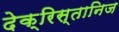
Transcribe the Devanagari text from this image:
देक्रिस्तानिज